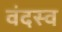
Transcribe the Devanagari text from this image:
वंदस्व